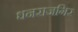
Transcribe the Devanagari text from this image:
धनराजगिर